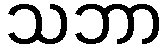
သဘာ